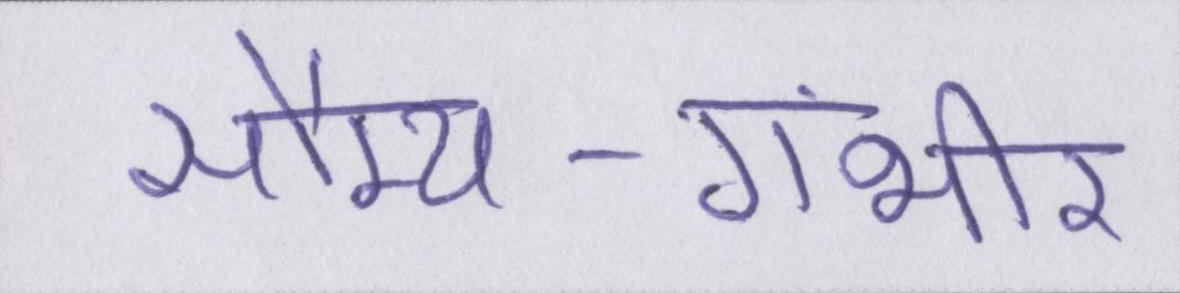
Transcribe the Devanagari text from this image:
सौम्य-गंभीर